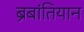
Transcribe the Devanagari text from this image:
ब्रबांतियान